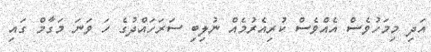
އަދި މިމަހުވެސް އެއްވެސް ކުރިއެރުމެއް ނުލިބި ސަރަހައްދުގެ ހަ ވަނަ މަގާމް ގައި